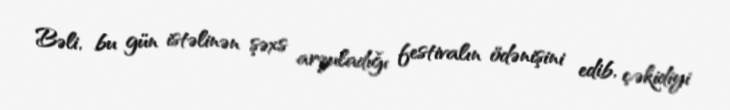
Bəli, bu gün istəlinən şəxs arzuladığı festivalın ödənişini edib, çəkidiyi